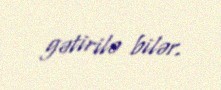
gətirilə bilər.